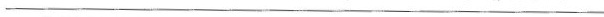
___